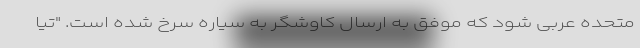
متحده عربی شود که موفق به ارسال کاوشگر به سیاره سرخ شده است. "تیا